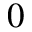
_ 0